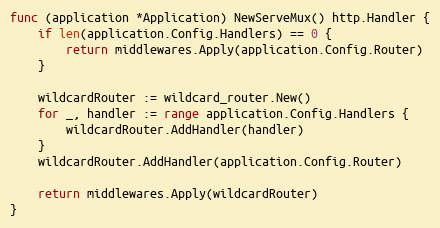
Language: Go
func (application *Application) NewServeMux() http.Handler {
	if len(application.Config.Handlers) == 0 {
		return middlewares.Apply(application.Config.Router)
	}

	wildcardRouter := wildcard_router.New()
	for _, handler := range application.Config.Handlers {
		wildcardRouter.AddHandler(handler)
	}
	wildcardRouter.AddHandler(application.Config.Router)

	return middlewares.Apply(wildcardRouter)
}